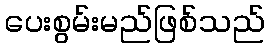
ပေးစွမ်းမည်ဖြစ်သည်